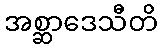
အစ္ဆာဒေသီတိ